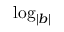
\log _ { | b | }